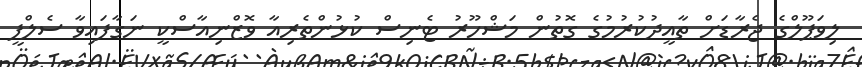
ލިވަޕޫލްގެ ޖެރާޑަށް ތާއީދުކުރުމުގެ ގޮތުން މަޝްހޫރު ޓެނިސް ކުޅުންތެރިއާ ވޮޒްނިއާސްކީ ނަގާފައިވާ ސެލްފީ